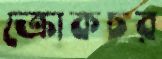
ক্রোকচর